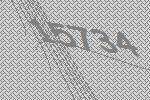
15734